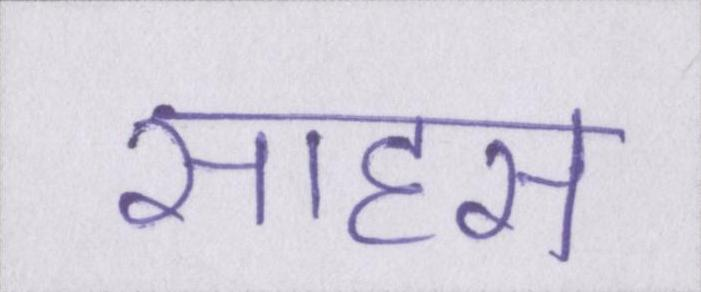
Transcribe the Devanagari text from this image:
साहस